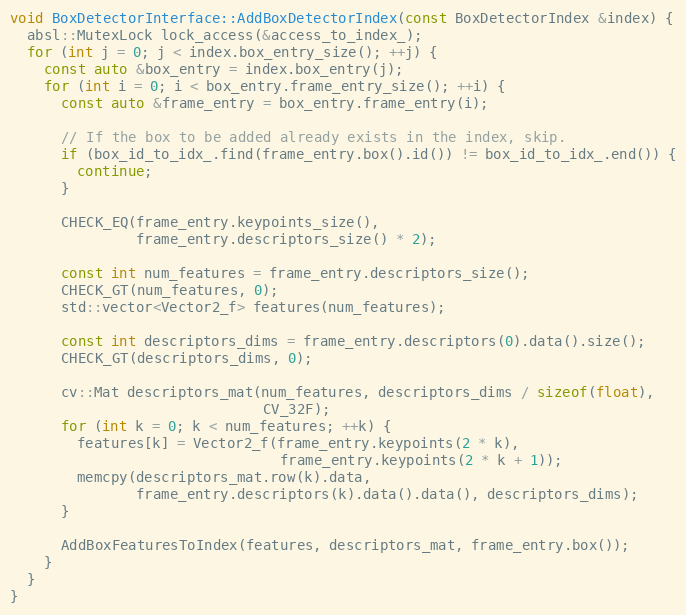
Language: C++
void BoxDetectorInterface::AddBoxDetectorIndex(const BoxDetectorIndex &index) {
  absl::MutexLock lock_access(&access_to_index_);
  for (int j = 0; j < index.box_entry_size(); ++j) {
    const auto &box_entry = index.box_entry(j);
    for (int i = 0; i < box_entry.frame_entry_size(); ++i) {
      const auto &frame_entry = box_entry.frame_entry(i);

      // If the box to be added already exists in the index, skip.
      if (box_id_to_idx_.find(frame_entry.box().id()) != box_id_to_idx_.end()) {
        continue;
      }

      CHECK_EQ(frame_entry.keypoints_size(),
               frame_entry.descriptors_size() * 2);

      const int num_features = frame_entry.descriptors_size();
      CHECK_GT(num_features, 0);
      std::vector<Vector2_f> features(num_features);

      const int descriptors_dims = frame_entry.descriptors(0).data().size();
      CHECK_GT(descriptors_dims, 0);

      cv::Mat descriptors_mat(num_features, descriptors_dims / sizeof(float),
                              CV_32F);
      for (int k = 0; k < num_features; ++k) {
        features[k] = Vector2_f(frame_entry.keypoints(2 * k),
                                frame_entry.keypoints(2 * k + 1));
        memcpy(descriptors_mat.row(k).data,
               frame_entry.descriptors(k).data().data(), descriptors_dims);
      }

      AddBoxFeaturesToIndex(features, descriptors_mat, frame_entry.box());
    }
  }
}